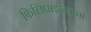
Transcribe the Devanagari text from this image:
फिलिपाइन्साचा